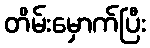
တိမ်းမှောက်ပြီး